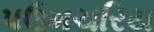
પઉમચરિય